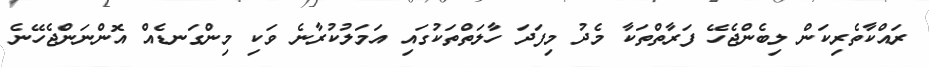
ރައްކާތެރިކަން ލިބެންޖެހޭ ފަރާތްތަކާ މެދު މިފަދަ ހާލަތްތަކުގައި އަމަލުކުރާނެ ވަކި މިންގަނޑެއް އޮންނަންޖެހޭނެ